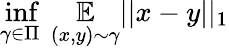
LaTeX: \underset{\gamma\in\Pi}{\operatorname*{inf}}\ \underset{(x,y)\sim\gamma}{\mathbb{E}}||x-y||_{1}